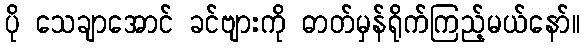
ပို သေချာအောင် ခင်ဗျားကို ဓာတ်မှန်ရိုက်ကြည့်မယ်နော်။